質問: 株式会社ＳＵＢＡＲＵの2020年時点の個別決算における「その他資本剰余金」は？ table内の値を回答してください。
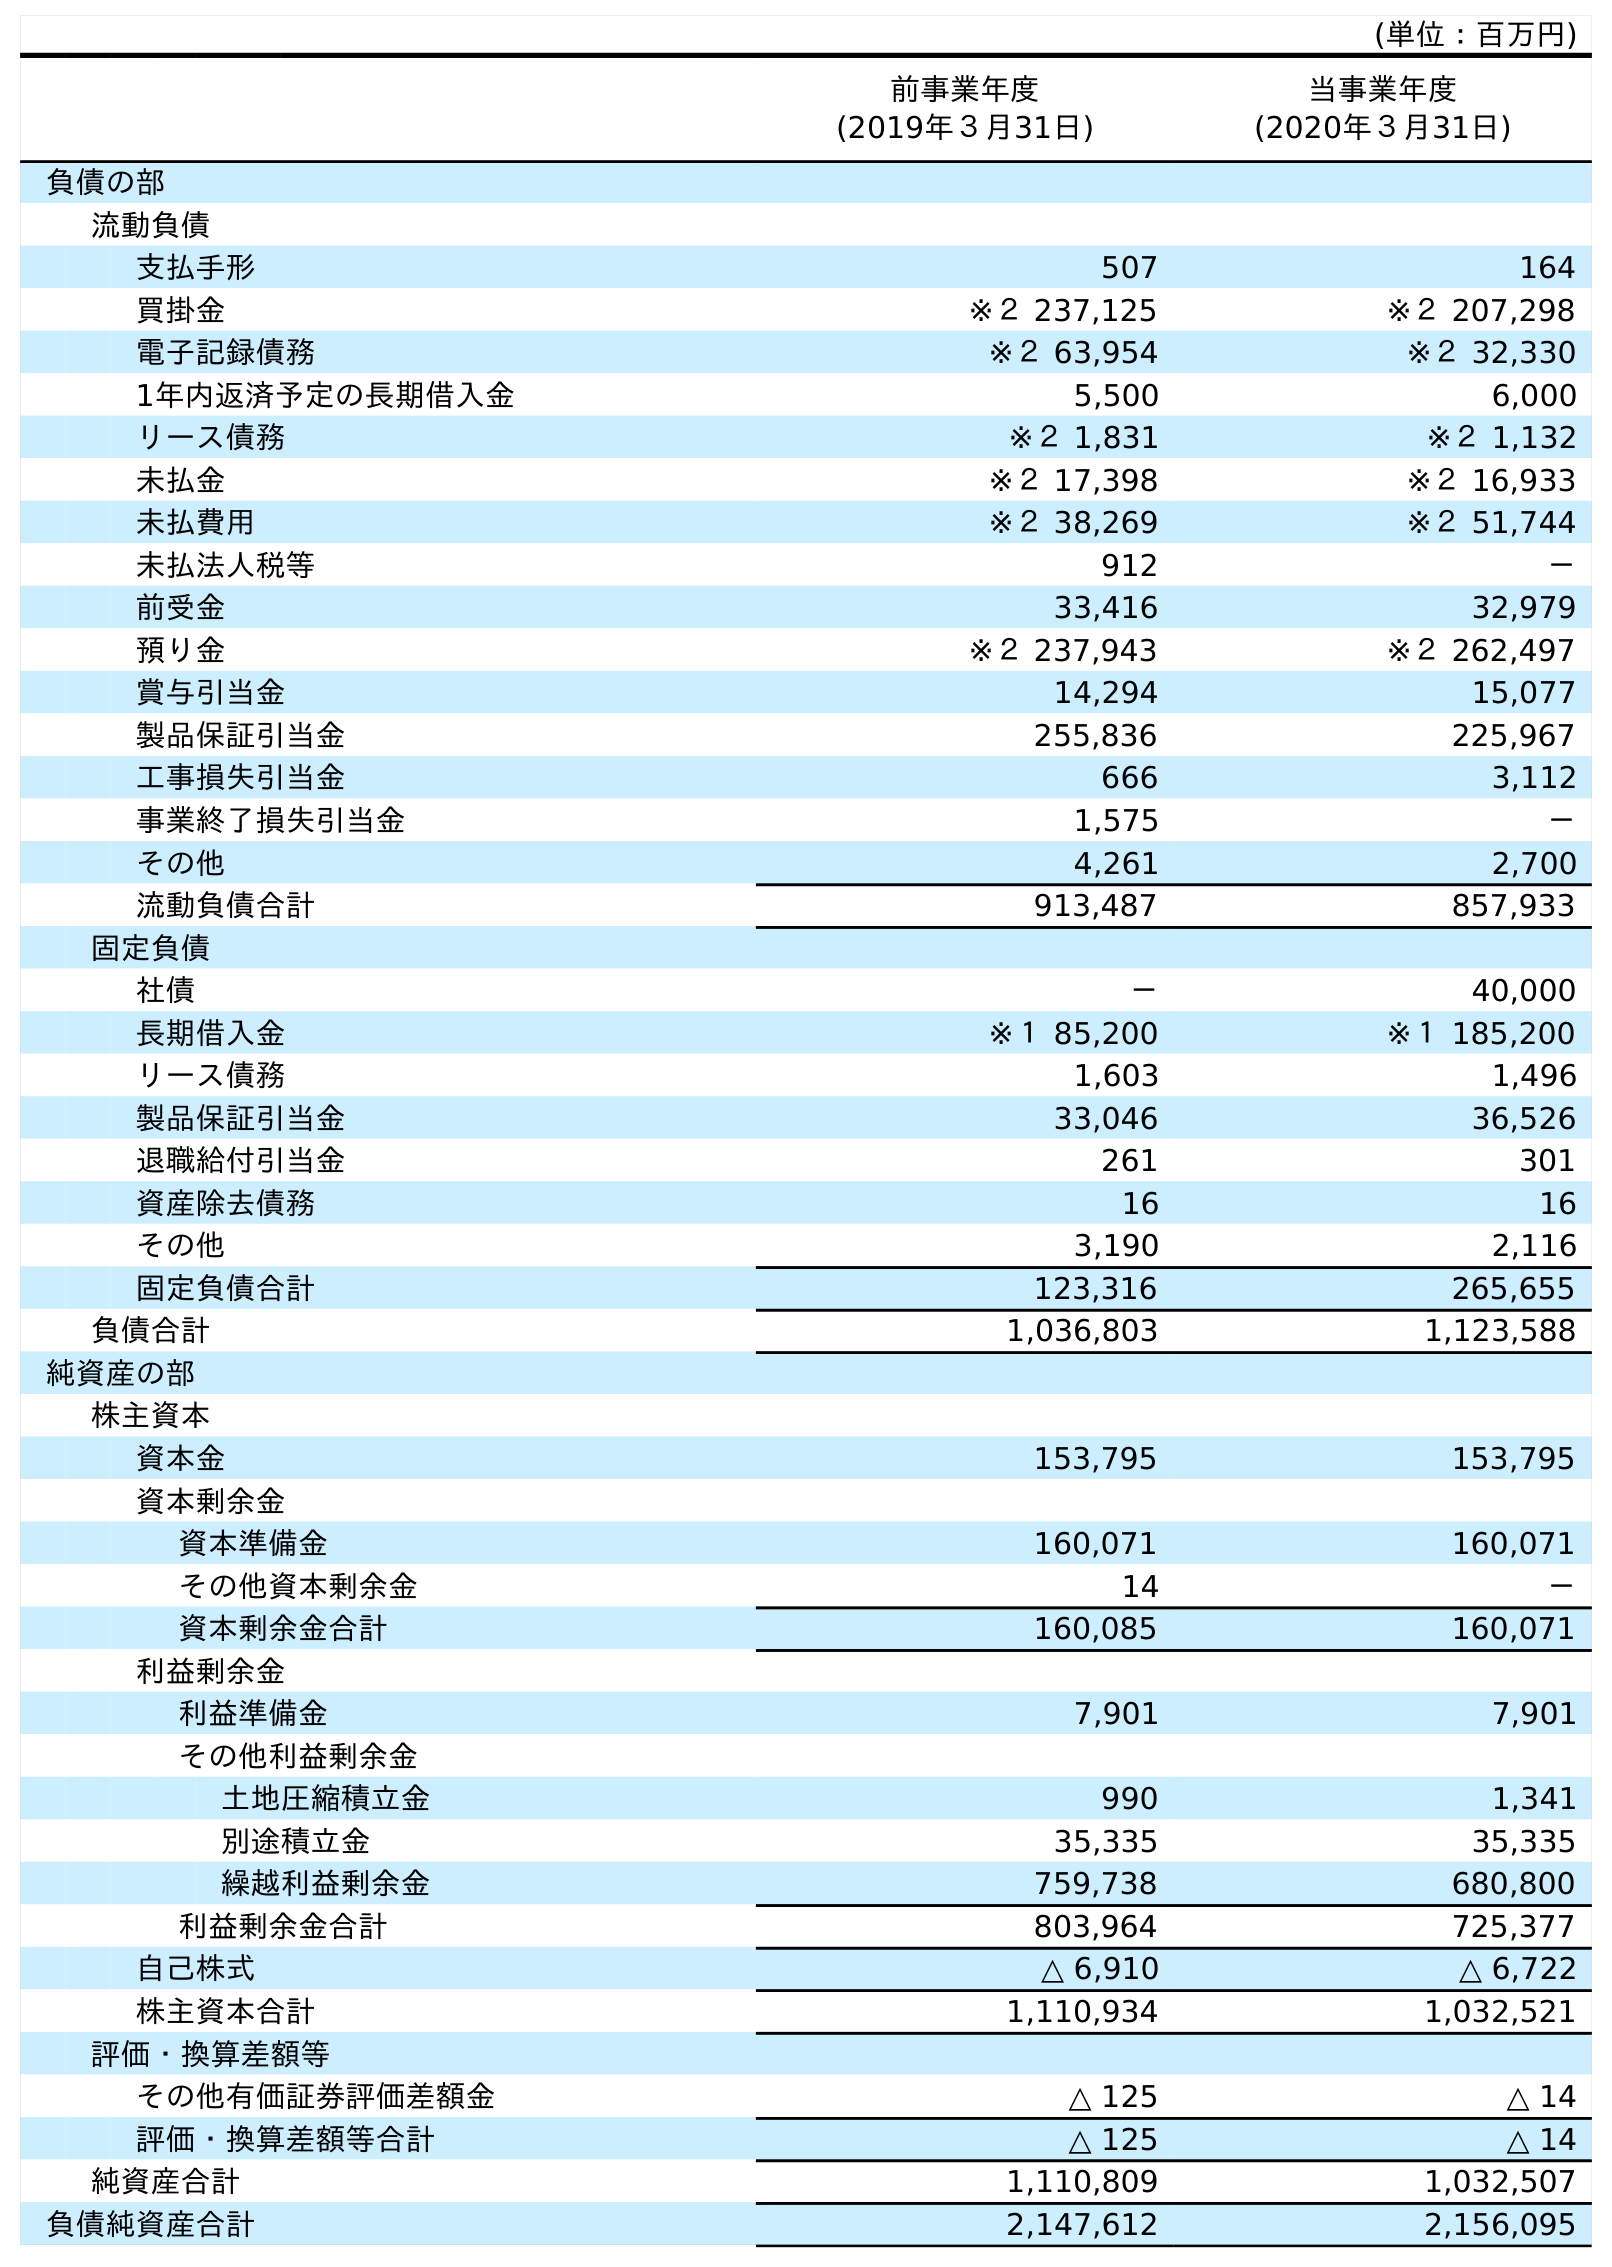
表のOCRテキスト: (単位：百万円) 前事業年度 (2019年３月31日) 当事業年度 (2020年３月31日) 負債の部 流動負債 支払手形 507 164 買掛金 ※２ 237,125 ※２ 207,298 電子記録債務 ※２ 63,954 ※２ 32,330 1年内返済予定の長期借入金 5,500 6,000 リース債務 ※２ 1,831 ※２ 1,132 未払金 ※２ 17,398 ※２ 16,933 未払費用 ※２ 38,269 ※２ 51,744 未払法人税等 912 － 前受金 33,416 32,979 預り金 ※２ 237,943 ※２ 262,497 賞与引当金 14,294 15,077 製品保証引当金 255,836 225,967 工事損失引当金 666 3,112 事業終了損失引当金 1,575 － その他 4,261 2,700 流動負債合計 913,487 857,933 固定負債 社債 － 40,000 長期借入金 ※１ 85,200 ※１ 185,200 リース債務 1,603 1,496 製品保証引当金 33,046 36,526 退職給付引当金 261 301 資産除去債務 16 16 その他 3,190 2,116 固定負債合計 123,316 265,655 負債合計 1,036,803 1,123,588 純資産の部 株主資本 資本金 153,795 153,795 資本剰余金 資本準備金 160,071 160,071 その他資本剰余金 14 － 資本剰余金合計 160,085 160,071 利益剰余金 利益準備金 7,901 7,901 その他利益剰余金 土地圧縮積立金 990 1,341 別途積立金 35,335 35,335 繰越利益剰余金 759,738 680,800 利益剰余金合計 803,964 725,377 自己株式 △ 6,910 △ 6,722 株主資本合計 1,110,934 1,032,521 評価・換算差額等 その他有価証券評価差額金 △ 125 △ 14 評価・換算差額等合計 △ 125 △ 14 純資産合計 1,110,809 1,032,507 負債純資産合計 2,147,612 2,156,095
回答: －